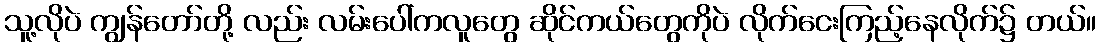
သူ့လိုပဲ ကျွန်တော်တို့ လည်း လမ်းပေါ်ကလူတွေ ဆိုင်ကယ်တွေကိုပဲ လိုက်ငေးကြည့်နေလိုက်၌ တယ်။